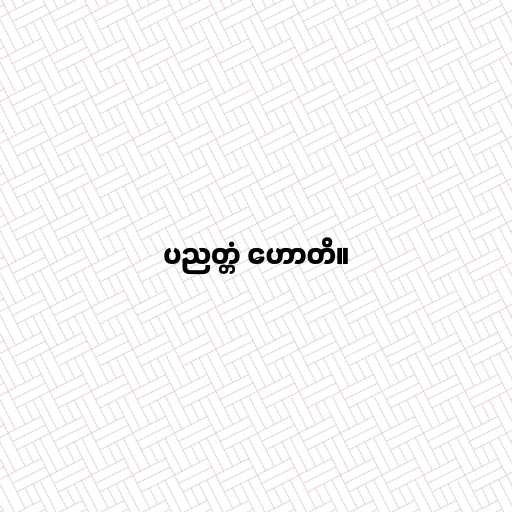
ပညတ္တံ ဟောတိ။